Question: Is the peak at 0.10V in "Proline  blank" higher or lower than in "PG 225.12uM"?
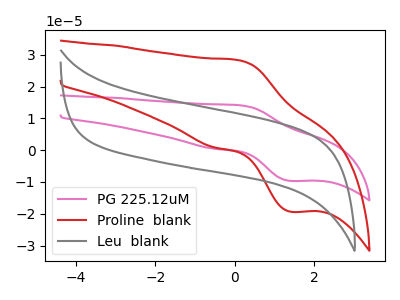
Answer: <think>The pink curve "PG 225.12uM" has an anodic peak at (0.10V, 14.15uA) and a cathodic peak at (1.40V, -9.70uA). The red curve "Proline  blank" has an anodic peak at (0.10V, 28.25uA) and a cathodic peak at (1.40V, -19.40uA). The gray curve "Leu  blank" has no peaks.</think>
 <answer>The peak at 0.10V is higher in "Proline  blank" than in "PG 225.12uM".</answer>
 <eval>higher</eval>